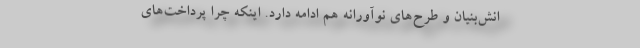
انش‌بنیان و طرح‌های نوآورانه هم ادامه دارد. اینكه چرا پرداخت‌های